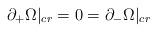
LaTeX: \begin{align*}\partial_+ \Omega |_{cr} =0=\partial_-\Omega |_{cr}\end{align*}